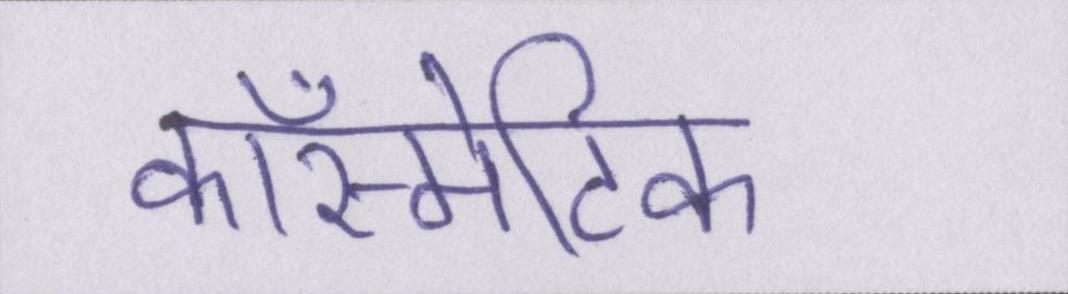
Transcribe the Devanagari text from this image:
कॉस्मेटिक